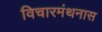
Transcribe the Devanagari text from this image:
विचारमंथनास